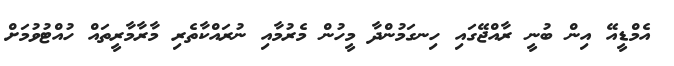
އެމްޑީއޭ އިން ބުނީ ރާއްޖޭގައި ހިނގަމުންދާ މީހުން މެރުމާއި ނުރައްކާތެރި މާރާމާރީތައް ހުއްޓުވުމަށް